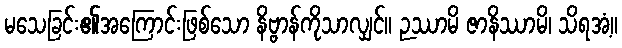
မသေခြင်း၏အကြောင်းဖြစ်သော နိဗ္ဗာန်ကိုသာလျှင်။ ဉဿာမိ ဇာနိဿာမိ၊ သိရအံ့။